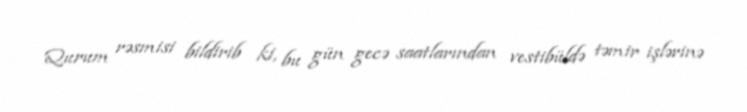
Qurum rəsmisi bildirib ki, bu gün gecə saatlarından vestibüldə təmir işlərinə